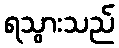
ရသွားသည်